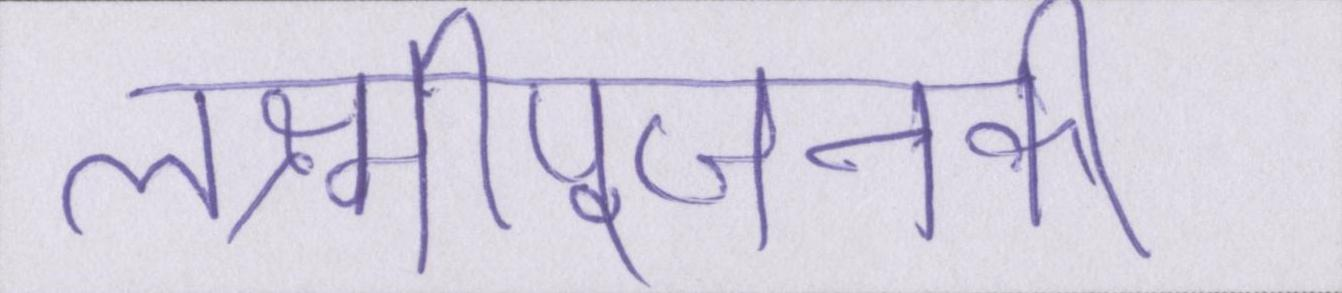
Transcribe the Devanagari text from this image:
लक्ष्मीपूजनकी